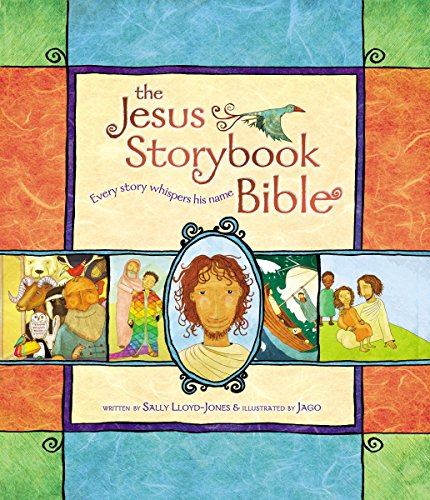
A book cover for The Jesus Storybook Bible: Every Story Whispers His Name; Sally Lloyd-Jones; Education & Teaching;